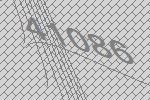
41086